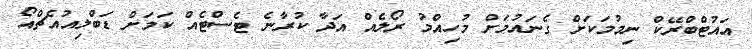
އައުޓްބްރޭކް ނިމުމަކަށް ގެނައުމަށް މުހިއްމު ރޯލެއް އަދާ ކުރާނެ ޓެސްޓެއް ކަމަށް ޑަބްލިއުއެޗްއޯ